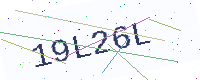
Text: 19L26L